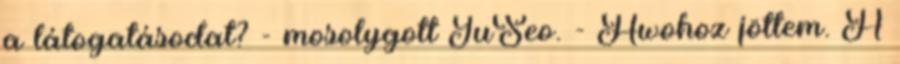
a látogatásodat? - mosolygott JuSeo. - Hwohoz jöttem. A